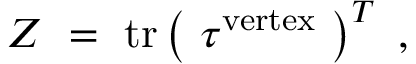
{ \cal Z } ~ = ~ \mathrm { t r } \left( ~ \tau ^ { \mathrm { v e r t e x } } ~ \right) ^ { T } \ ,